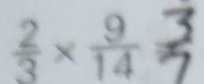
\frac { 2 } { 3 } \times \frac { 9 } { 1 4 } = \frac { 3 } { 7 }